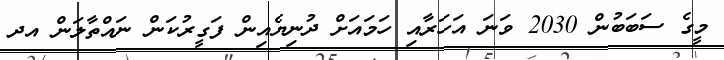
މީީގެ ސަބަބުން 2030 ވަނަ އަހަރާއި ހަމައަށް ދުނިޔެއިން ފަގީރުކަން ނައްތާލަން އދ